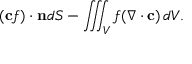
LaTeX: ( \mathbf { c } f ) \cdot \mathbf { n } d S - \iiint _ { V } f ( \nabla \cdot \mathbf { c } ) \, d V .